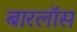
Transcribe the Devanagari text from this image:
बारलॉस